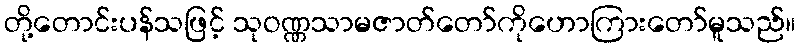
တို့တောင်းပန်သဖြင့် သုဝဏ္ဏသာမဇာတ်တော်ကိုဟောကြားတော်မူသည်။